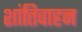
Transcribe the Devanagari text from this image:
शांतिवाहन